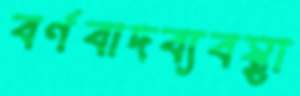
বর্ণবাদব্যবস্থা